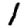
Digit: 1